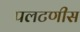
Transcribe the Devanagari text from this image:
पलटणीस